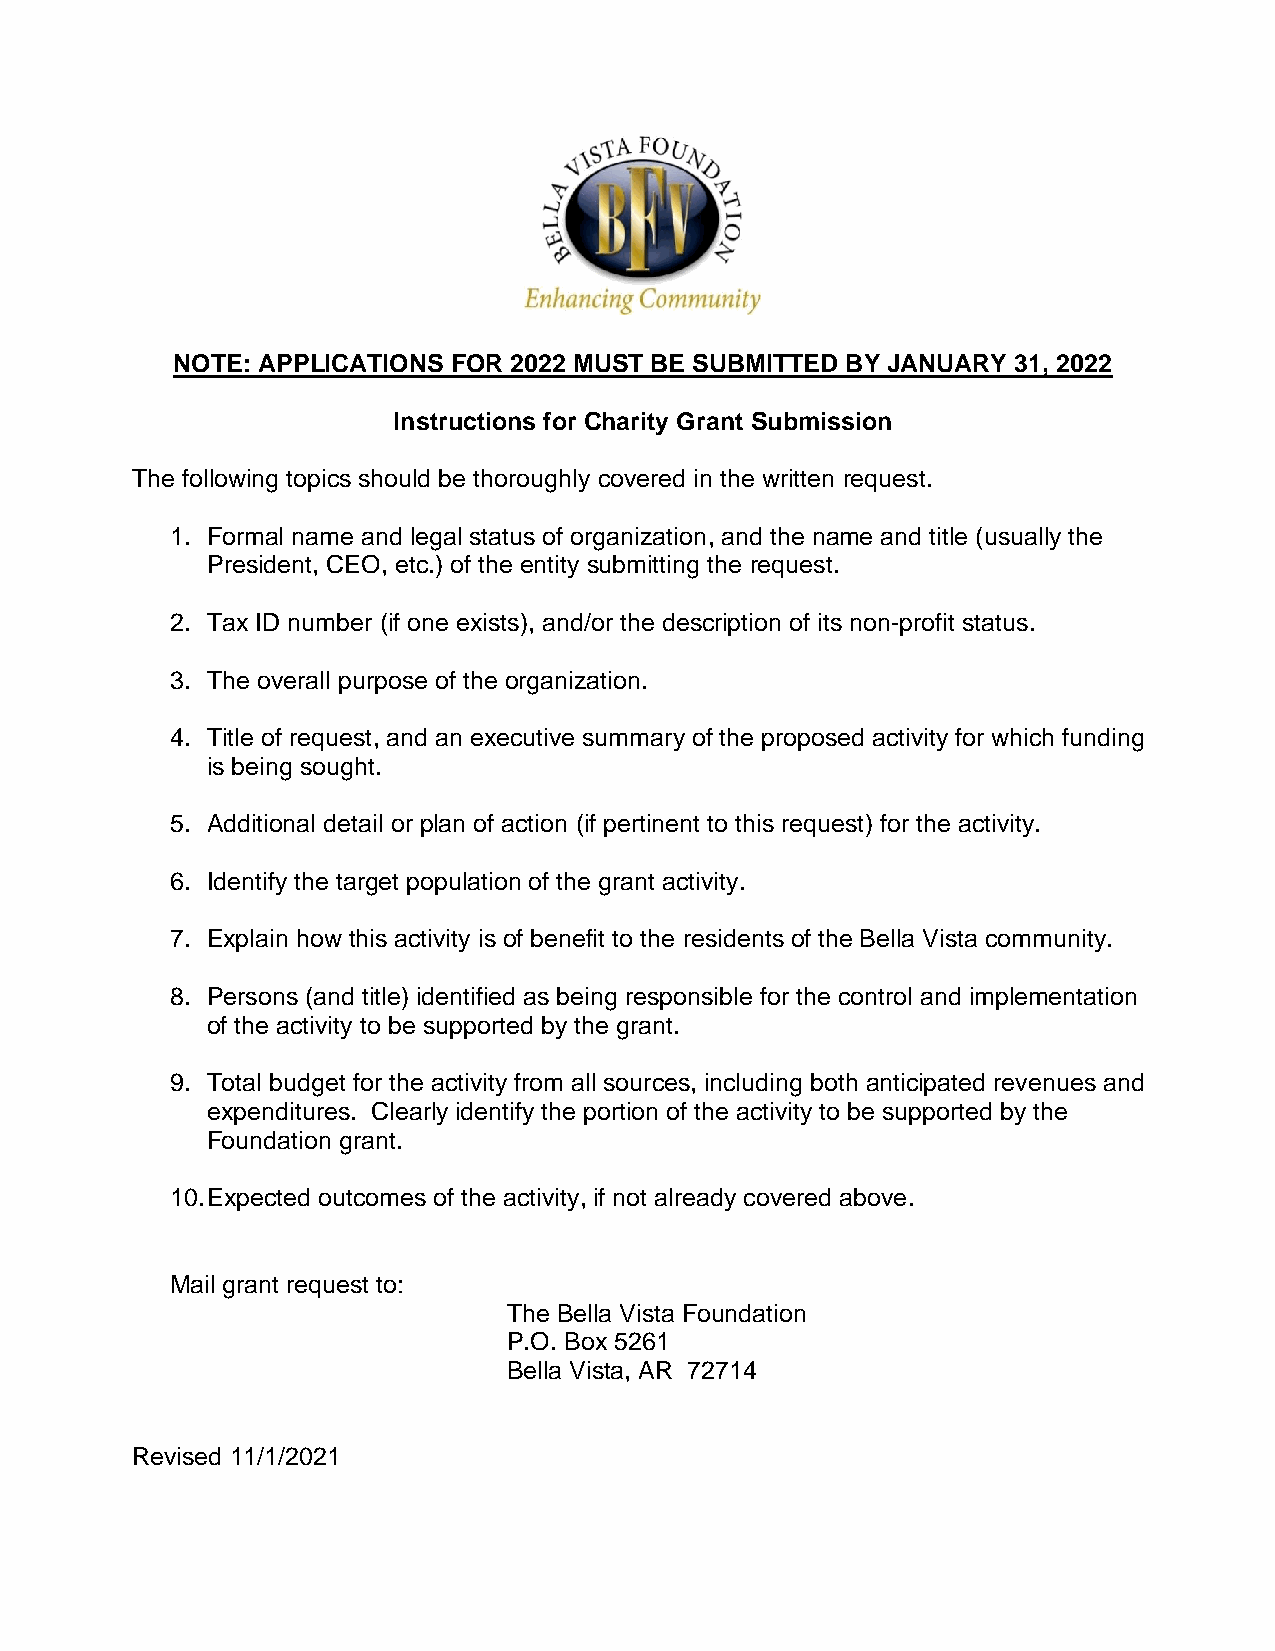
NOTE: APPLICATIONS FOR 2022 MUST BE SUBMITTED BY JANUARY 31, 2022
 Instructions for Charity Grant Submission
 The following topics should be thoroughly covered in the written request.
 1. Formal name and legal status of organization, and the name and title (usually the
 President, CEO, etc.) of the entity submitting the request.
 2. Tax ID number (if one exists), and/or the description of its non-profit status.
 3. The overall purpose of the organization.
 4. Title of request, and an executive summary of the proposed activity for which funding
 is being sought.
 5. Additional detail or plan of action (if pertinent to this request) for the activity.
 6. Identify the target population of the grant activity.
 7. Explain how this activity is of benefit to the residents of the Bella Vista community.
 8. Persons (and title) identified as being responsible for the control and implementation
 of the activity to be supported by the grant.
 9. Total budget for the activity from all sources, including both anticipated revenues and
 expenditures. Clearly identify the portion of the activity to be supported by the
 Foundation grant.
 10. Expected outcomes of the activity, if not already covered above.
 Mail grant request to:
 The Bella Vista Foundation
 P.O. Box 5261
 Bella Vista, AR 72714
 Revised 11/1/2021